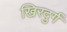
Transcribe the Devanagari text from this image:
खिरदुर्ग